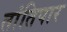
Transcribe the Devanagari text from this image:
तांतिपार